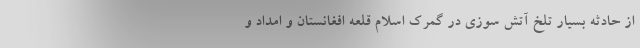
از حادثه بسیار تلخ آتش سوزی در گمرک اسلام قلعه افغانستان و امداد و